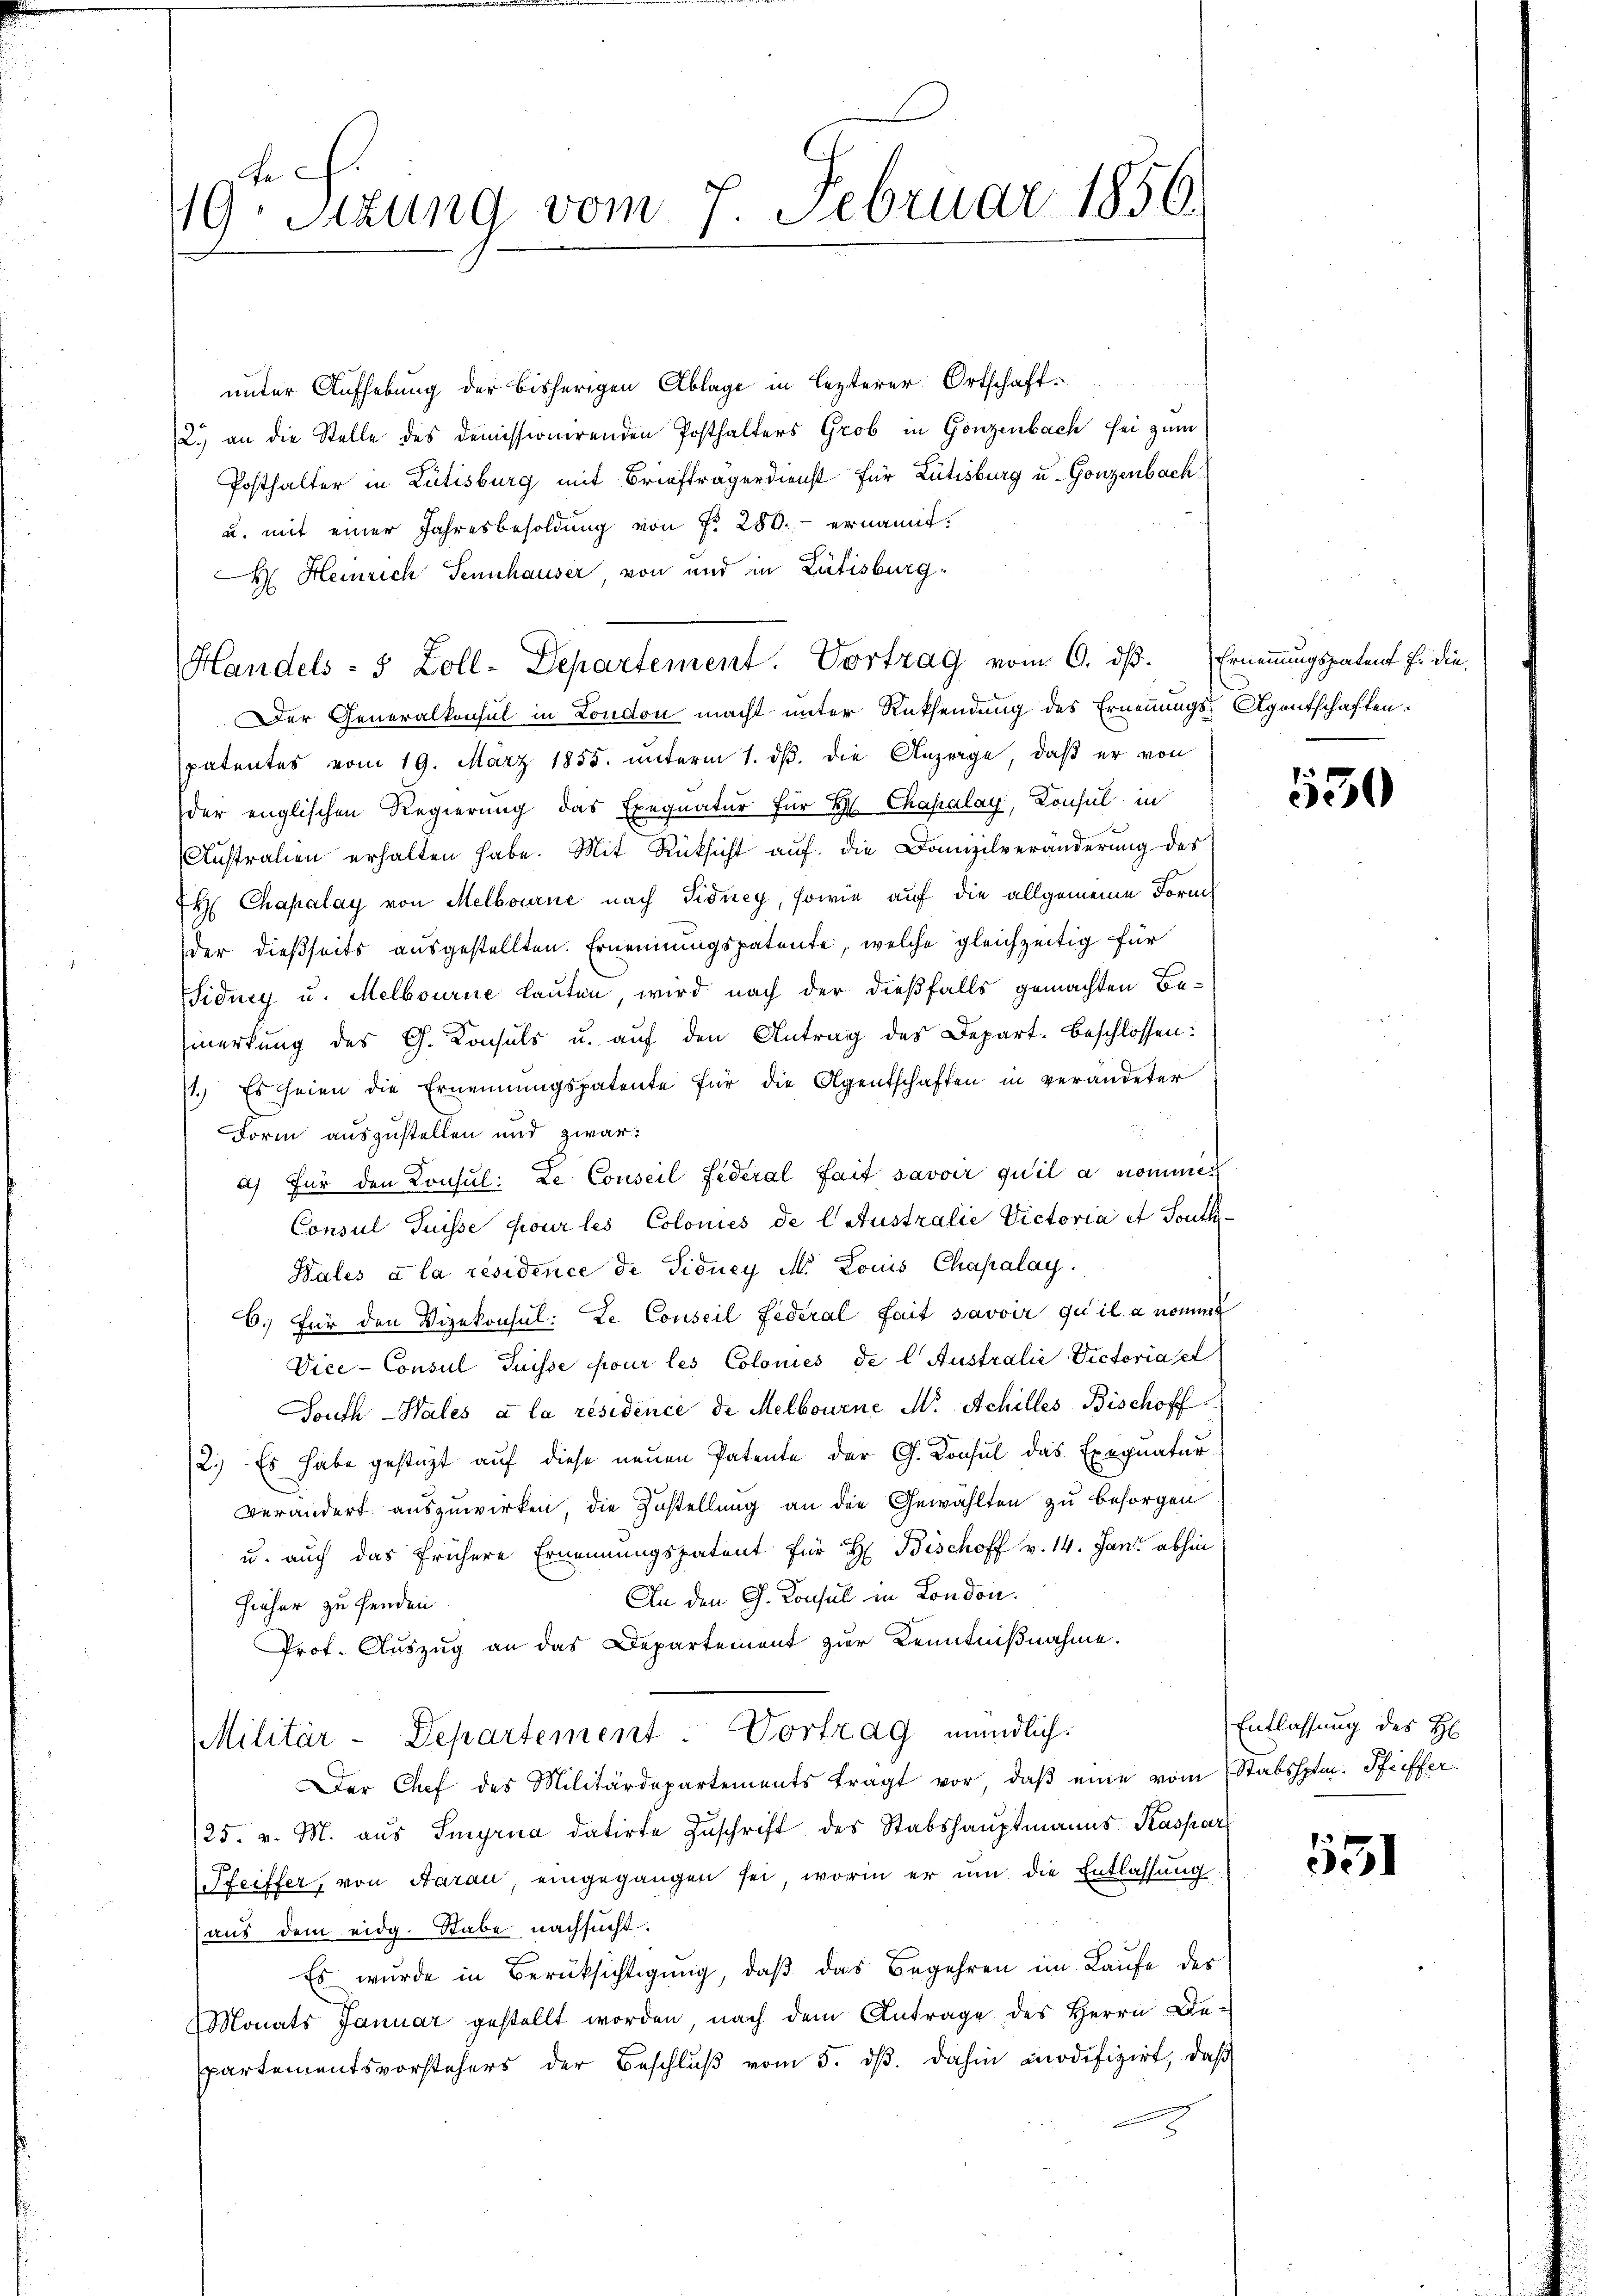
Fe
19. Sitzung vom 7. Februar 1856.

unter Aufhebung der bisherigen Ablage in lezterer Ortschaft.
2.) an die Stelle des demissionirenden Posthalters Grob in Gonzenbach sei zum
Posthalter in Lütisburg mit Briefträgerdienst für Lütisburg u. Gonzenbach
u. mit einer Jahresbesoldung von Fr. 280. ernannt.
H Heinrich Sennhauser, von und in Rütisburg¬
Handels- 5 Zoll-Departement. Vortrag vom 6. ds. Ernennungspatent Er die
Der Generalkonsul in London macht unter Rüksendung des Ernennungs Agentschaften.
spatentes vom 19. März 1855. unterm 1. ds. die Anzeige, daß er von
der englischen Regierung das Exequatur für Hr. Chapalay, Konsul in
Australien erhalten habe. Mit Rücksicht auf die Domizilveränderung des
H Chapalay von Melbourne nach Sidney, sowie auf die allgemeine Form
der dießseits ausgestellten. Ernennungspatente, welche gleichzeitig für
idney u. Melbourne lauten, wird nach der dießfalls gemachten Bemerkung des G. Konsuls u. auf den Antrag des Depart-Beschlossen:
1.) Es seien die Ernennungspatente für die Agentschaften in verändeter
Form auszustellen und zwar:
a) Für den Consul: Le Conseil fédéral fait savoir qu’il a nommen
Consul Puisse pour les Colonies de laustralie Victoria et South-
Hales à la résidence de Fiducy M. Louis Chapalay.
6.) Für den Vizekonsul: Le Conseil Federal fait savoir qu’il a nomme
Vice-Consul Puisse pour les Colonies de l Australić Victoriasel
South-Hales à la résidence de Melbourne M. Schilles Bischoff
2.) Es habe gestüzt auf diese neuen Patente der G. Konsul das Exequatur
verändert auszuwirken, die Zustellung an die Gewählten zu besorgen
u. auch das frühere Ernennungspatent für H Bischoff v. 14. Jani abhin
An den G. Konsul in London.
Hieher zu senden
Prof. Auszug an das Departement zur Kenntnißnahme.
Militär-Departement - Vortrag mündlich.
Der Chef des Militärdepartements tragt vor, daβ eine vom Stabshptm. Pfeiffer
25. v. M. aus Smyria datirte Zuschrift des Stabshauptmanns Kaspar
Pfeiffer, von Aarau eingegangen sei, worin er um die Entlassung
(aus dem eidg. Stabe nachsucht.
Es wurde in Berüksichtigung, daβ das Begehren im Laufe des
Monats Januar gestellt worden, nach dem Antrage des Herrn De-
partementsvorstehers der Beschlŭβ vom 5. dβ. dahin modifizirt, daß

550

Entlassung des H

531